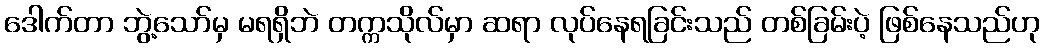
ဒေါက်တာ ဘွဲ့သော်မှ မရရှိဘဲ တက္ကသိုလ်မှာ ဆရာ လုပ်နေရခြင်းသည် တစ်ခြမ်းပဲ့ ဖြစ်နေသည်ဟု